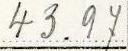
43.97